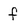
Character: f